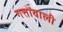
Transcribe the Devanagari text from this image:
गत्तोंवाली